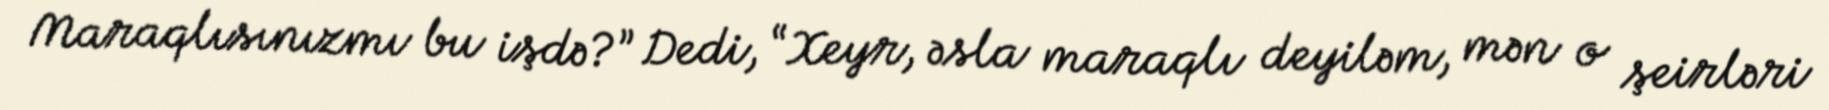
Maraqlısınızmı bu işdə?” Dedi, “Xeyr, əsla maraqlı deyiləm, mən o şeirləri